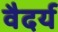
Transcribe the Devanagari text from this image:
वैदर्य